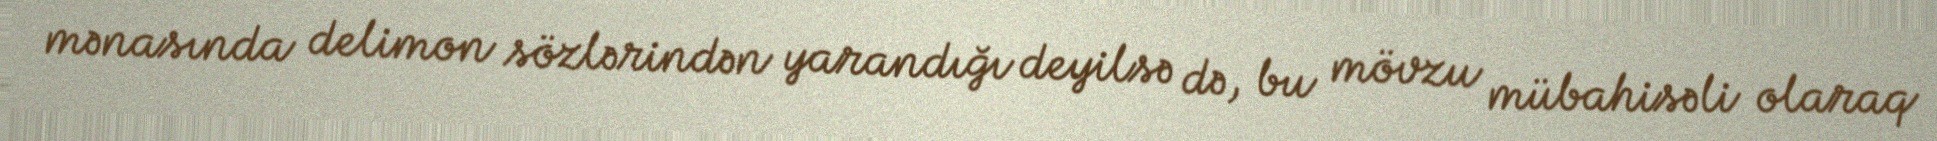
mənasında delimon sözlərindən yarandığı deyilsə də, bu mövzu mübahisəli olaraq